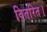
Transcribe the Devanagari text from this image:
वितरित।